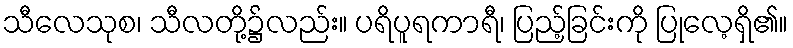
သီလေသုစ၊ သီလတို့၌လည်း။ ပရိပူရကာရီ၊ ပြည့်ခြင်းကို ပြုလေ့ရှိ၏။